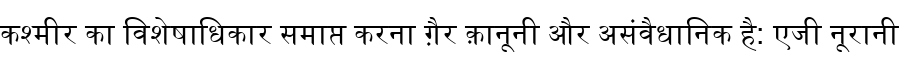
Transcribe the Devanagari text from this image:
कश्मीर का विशेषाधिकार समाप्त करना ग़ैर क़ानूनी और असंवैधानिक है: एजी नूरानी